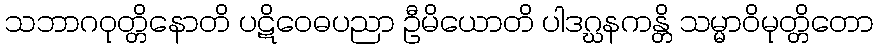
သဘာဂဝုတ္တိနောတိ ပဋိဝေဓပညာ ဦမိယောတိ ပါဒဂ္ဃနကန္တိ သမ္မာဝိမုတ္တိတော